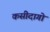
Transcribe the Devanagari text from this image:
कसीदागो